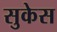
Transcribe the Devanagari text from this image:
सुकेस